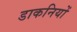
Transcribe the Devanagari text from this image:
डाकनियों